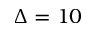
\Delta = 1 0